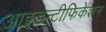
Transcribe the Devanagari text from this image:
आइडेन्टीफिकेशन